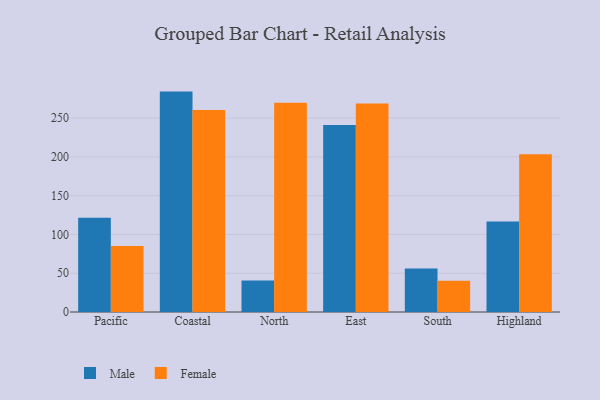
{"axis": {"x": "Region", "y": "Net Income (USD K)"}, "legend": ["Female", "Male"], "data": [{"x": "Pacific", "y": 121.4, "type": "Male"}, {"x": "Pacific", "y": 85.2, "type": "Female"}, {"x": "Coastal", "y": 284.1, "type": "Male"}, {"x": "Coastal", "y": 260.3, "type": "Female"}, {"x": "North", "y": 40.6, "type": "Male"}, {"x": "North", "y": 269.7, "type": "Female"}, {"x": "East", "y": 241.1, "type": "Male"}, {"x": "East", "y": 268.7, "type": "Female"}, {"x": "South", "y": 56.2, "type": "Male"}, {"x": "South", "y": 40.3, "type": "Female"}, {"x": "Highland", "y": 116.5, "type": "Male"}, {"x": "Highland", "y": 203.5, "type": "Female"}]}